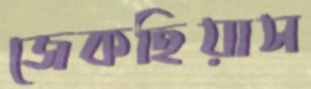
জেকহিয়াস